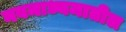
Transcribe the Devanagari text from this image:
नवमाध्यमातील